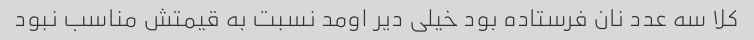
کلا سه عدد نان فرستاده بود خیلی دیر اومد نسبت به قیمتش مناسب نبود